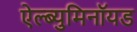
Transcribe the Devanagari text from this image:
ऐल्ब्युमिनॉयड